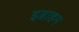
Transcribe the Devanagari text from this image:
इब्राहम